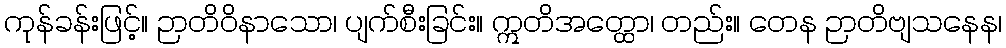
ကုန်ခန်းဖြင့်။ ဉာတိဝိနာသော၊ ပျက်စီးခြင်း။ ဣတိအတ္ထော၊ တည်း။ တေန ဉာတိဗျသနေန၊